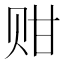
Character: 𬥴